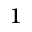
^ 1